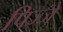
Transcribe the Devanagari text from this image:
पिज्जे